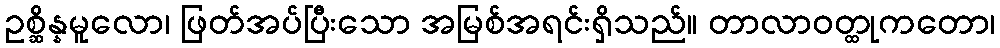
ဥစ္ဆိန္နမူလော၊ ဖြတ်အပ်ပြီးသော အမြစ်အရင်းရှိသည်။ တာလာဝတ္ထုကတော၊